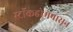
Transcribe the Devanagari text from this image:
स्टॉकहोमपासून